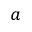
^ { a }